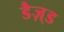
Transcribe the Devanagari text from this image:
डैज़्ड